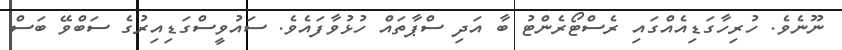
ނޫނެވެ. ހުރިހާގަޑިއެއްގައި ރެސްޓޯރެންޓު ބާ އަދި ސްޕާތައް ހުޅުވާފައެވެ. ސައުވީސްގަޑިއިރުގެ ސަބްވޭ ބަސް